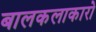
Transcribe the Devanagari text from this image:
बालकलाकारो